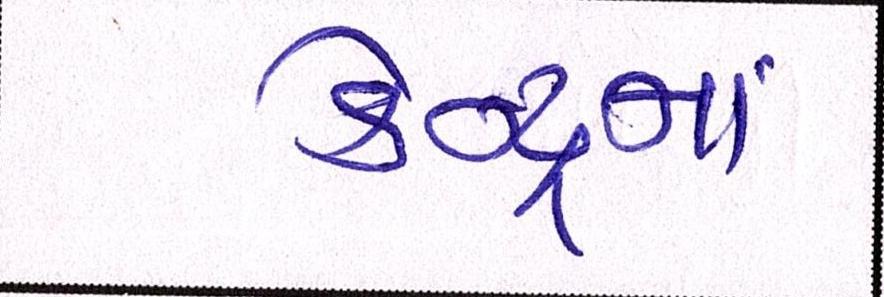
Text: કેન્દ્રનાં